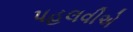
પહલવીએ